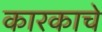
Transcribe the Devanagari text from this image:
कारकाचे